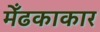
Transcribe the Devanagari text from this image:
मेँढकाकार